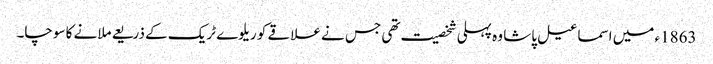
1863ء میں اسماعیل پاشا وہ پہلی شخصیت تھی جس نے علاقے کو ریلوے ٹریک کے ذریعے ملانے کا سوچا۔